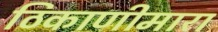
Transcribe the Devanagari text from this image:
ठिकाणीमारा